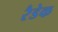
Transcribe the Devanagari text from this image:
रैडेक